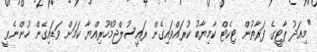
"މިއަދު ޕާޓީގެ ފަރާތުން ޓިކެޓް ކާމިޔާބު ކުރައްވައިގެން ރައީސުލްޖުމްހޫރިއްޔާ ކަމަށް ވަޑައިގެން ހުންނެވީ